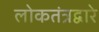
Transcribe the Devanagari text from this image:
लोकतंत्रद्वारे